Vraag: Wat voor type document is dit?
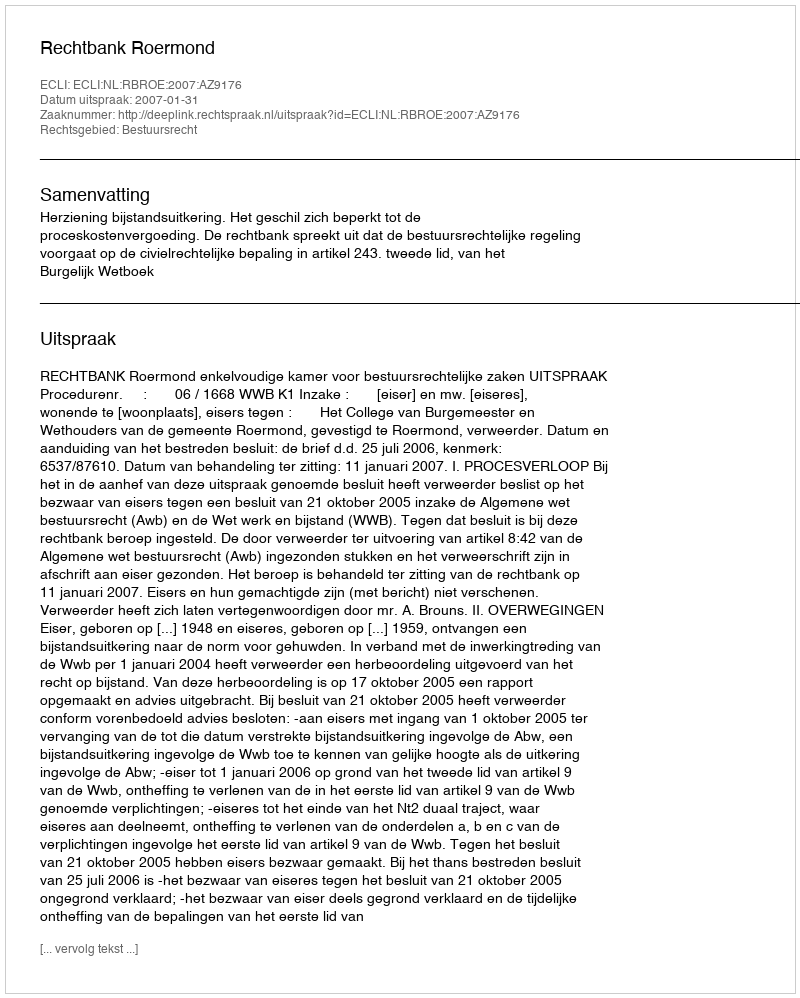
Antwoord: Uitspraak